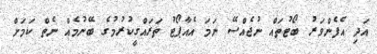
އަދި އެފެންވަރު ބޯޓުތައް ނުޖެއްސޭ ނަމަ އެއާޕޯޓު ތަރައްގީކުރުމުގެ ބޭނުމެއް ނެތް ކަމަށް